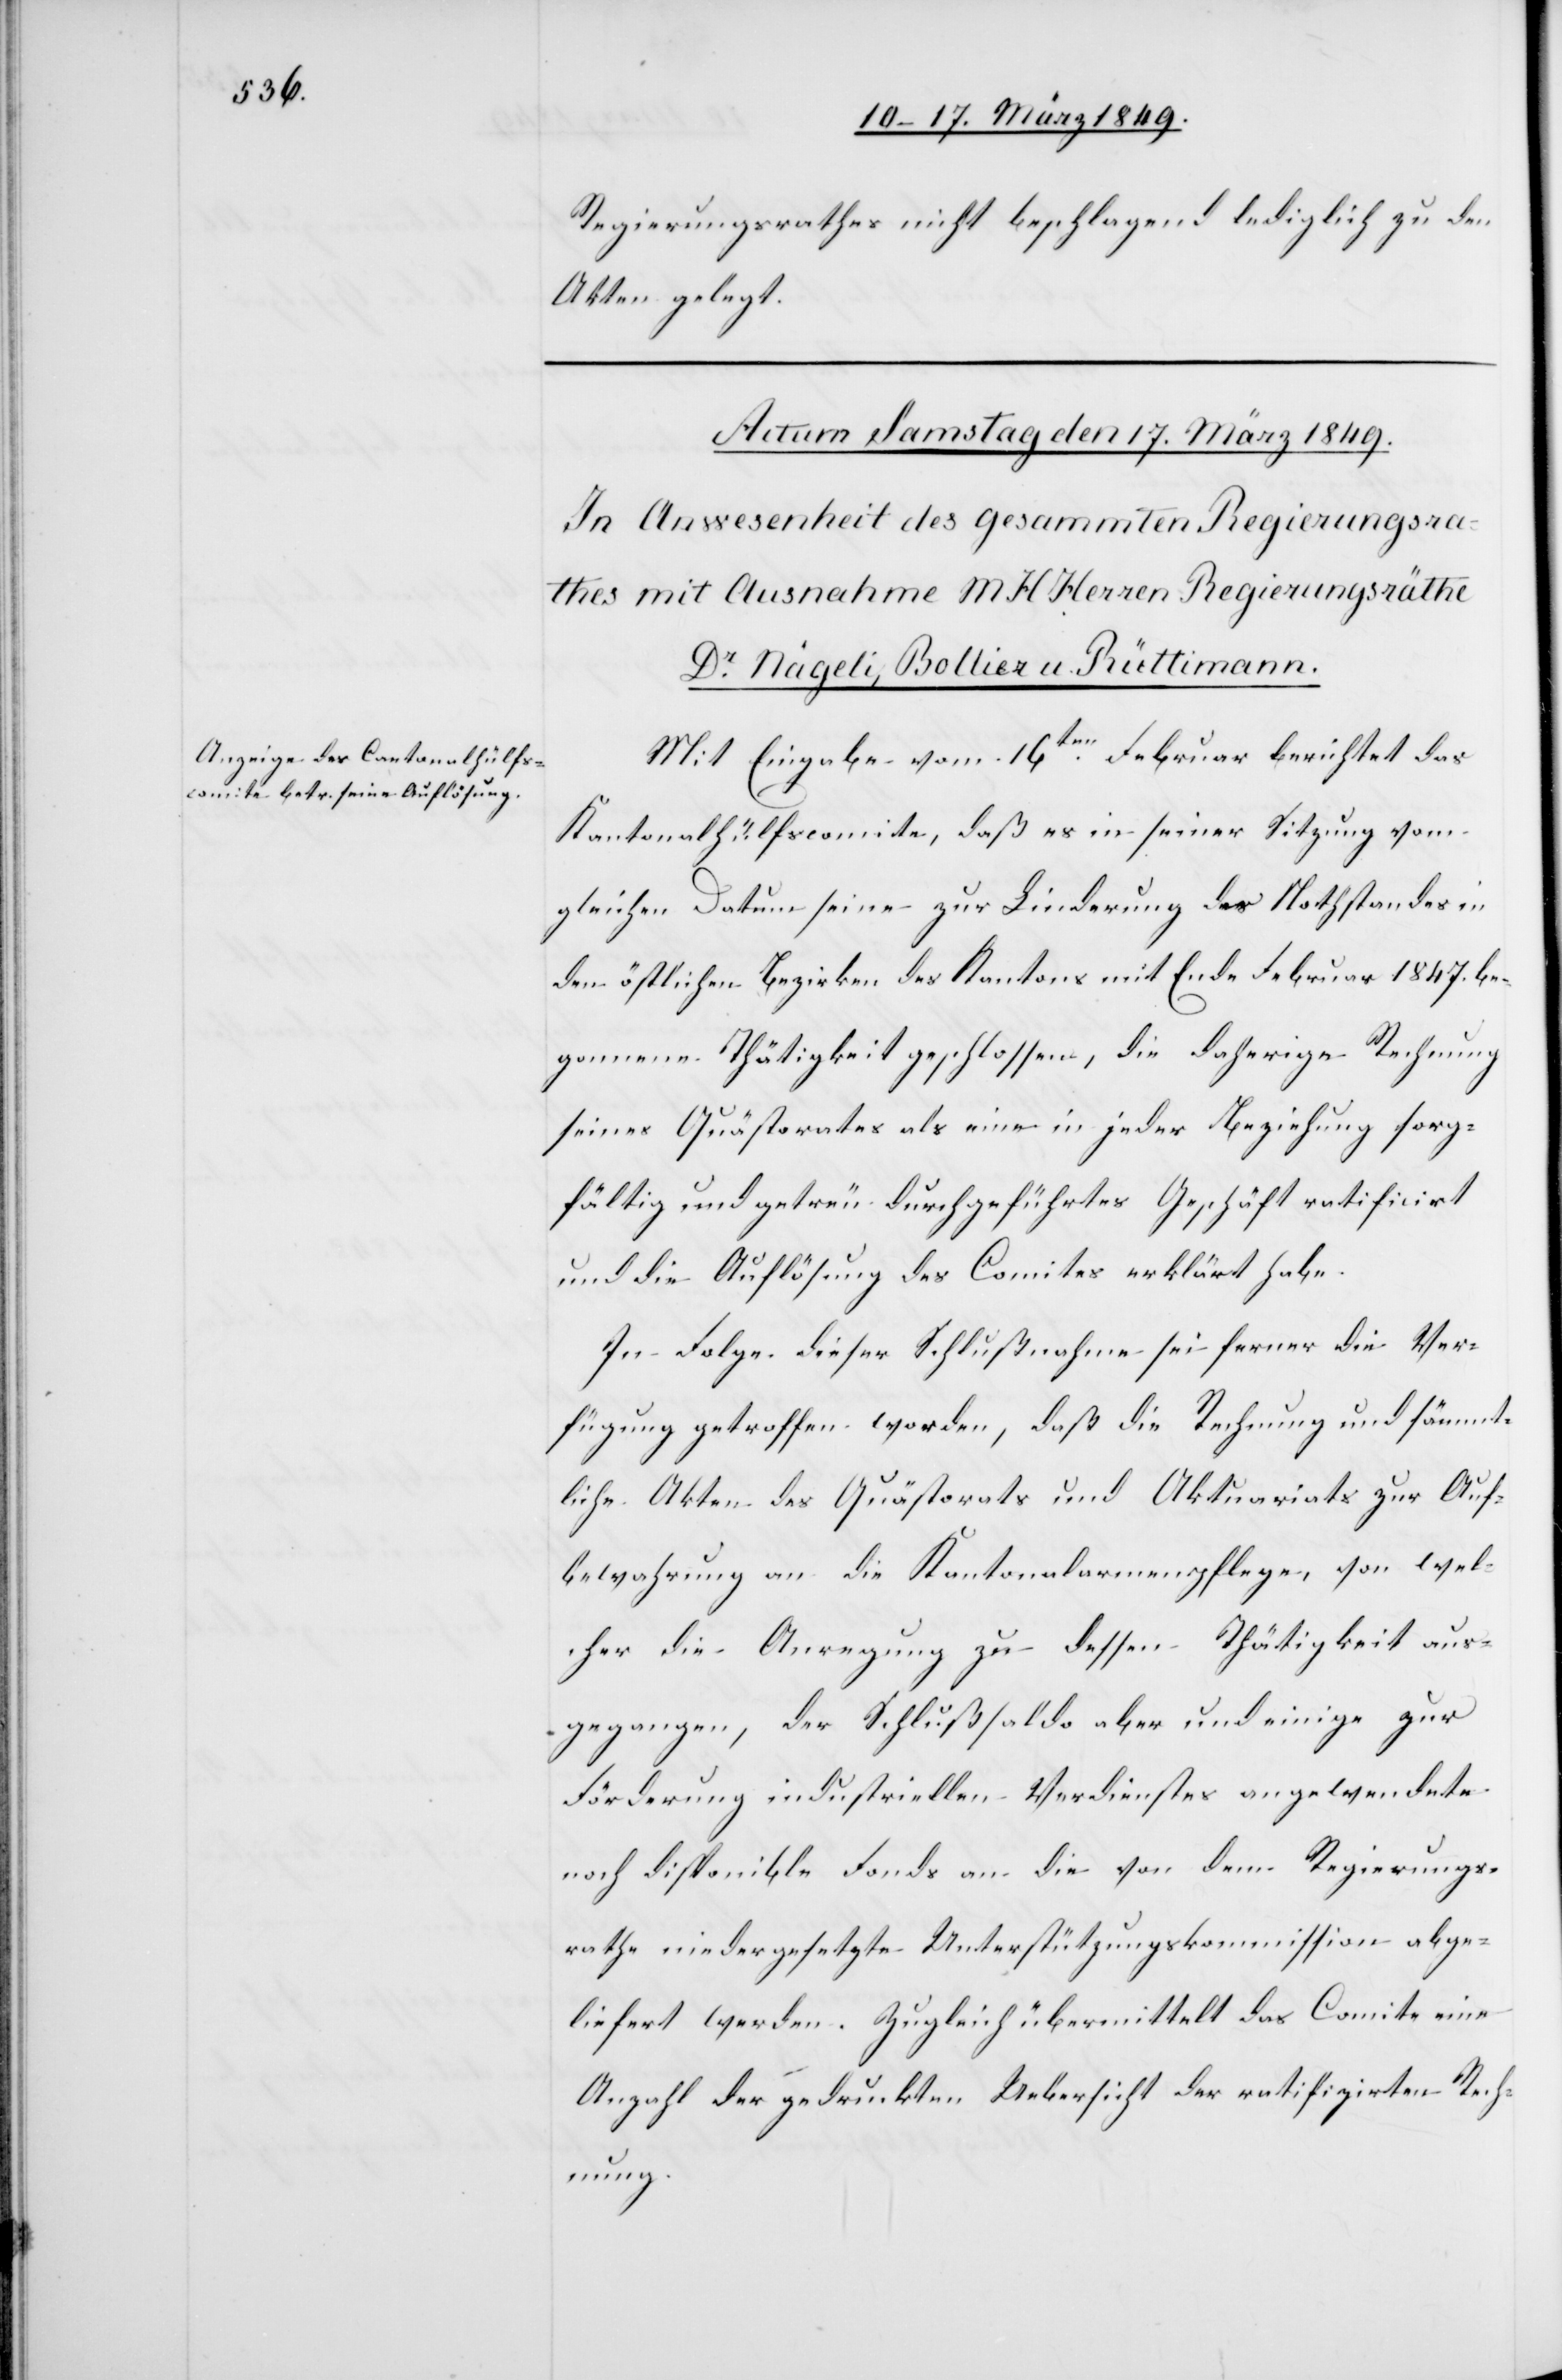
Regierungsrathes nicht beschlagend lediglich zu den
Akten gelegt.
Mit Eingabe vom 16ten. Februar berichtet das
Kantonalhülfscomite, daß es in seiner Sitzung vom
gleichen Datum seine zur Linderung des Nothstandes in
den östlichen Bezirken des Kantons mit Ende Februar 1847. be¬
gonnene Thätigkeit geschlossen, die daherige Rechnung
seines Quästorates als eine [sic!] in jeder Beziehung sorg¬
fältig und getreu durchgeführtes Geschäft ratificirt
und die Auflösung des Comites erklärt habe.
In Folge dieser Schlußnahme sei ferner die Ver¬
fügung getroffen worden, daß die Rechnung und sämmt¬
liche Akten des Quästorats und Aktuariats zur Auf¬
bewahrung an die Kantonalarmenpflege, von wel¬
cher die Anregung zu dessen Thätigkeit aus¬
gegangen, der Schlußsaldo aber und einige zur
Förderung industriellen Verdienstes angewendete
noch disponible Fonds an die von dem Regierungs¬
rathe niedergesetzte Unterstützungskommission abge¬
liefert werden. Zugleich übermittelt das Comite eine
Anzahl der gedruckten Uebersicht der ratifizirten Rech¬
nung.